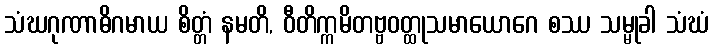
သံဃဂုဏာဓိဂမာယ စိတ္တံ နမတိ, ဝီတိက္ကမိတဗ္ဗဝတ္ထုသမာယောဂေ စဿ သမ္မုခါ သံဃံ